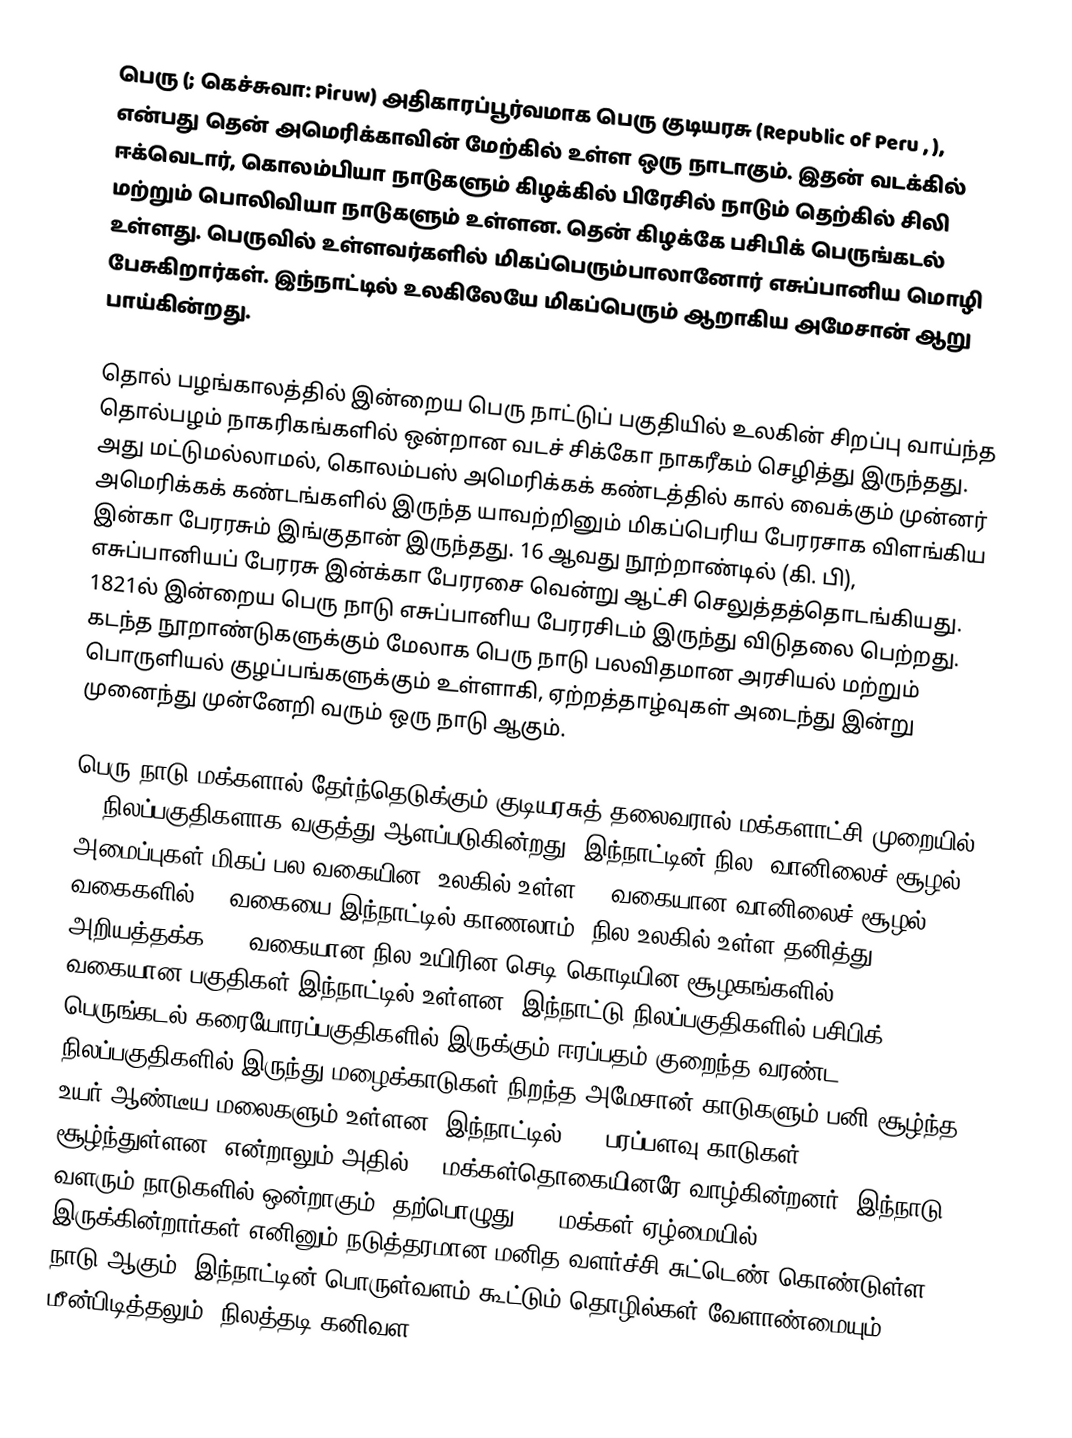
பெரு (;   கெச்சுவா: Piruw) அதிகாரப்பூர்வமாக பெரு குடியரசு (Republic of Peru , ), என்பது தென் அமெரிக்காவின் மேற்கில் உள்ள ஒரு நாடாகும். இதன் வடக்கில் ஈக்வெடார், கொலம்பியா நாடுகளும் கிழக்கில் பிரேசில் நாடும் தெற்கில் சிலி மற்றும் பொலிவியா நாடுகளும் உள்ளன. தென் கிழக்கே பசிபிக் பெருங்கடல் உள்ளது. பெருவில் உள்ளவர்களில் மிகப்பெரும்பாலானோர் எசுப்பானிய மொழி பேசுகிறார்கள். இந்நாட்டில் உலகிலேயே மிகப்பெரும் ஆறாகிய அமேசான் ஆறு பாய்கின்றது.

தொல் பழங்காலத்தில் இன்றைய பெரு நாட்டுப் பகுதியில் உலகின் சிறப்பு வாய்ந்த தொல்பழம் நாகரிகங்களில் ஒன்றான வடச் சிக்கோ நாகரீகம் செழித்து இருந்தது. அது மட்டுமல்லாமல், கொலம்பஸ் அமெரிக்கக் கண்டத்தில் கால் வைக்கும் முன்னர் அமெரிக்கக் கண்டங்களில் இருந்த யாவற்றினும் மிகப்பெரிய பேரரசாக விளங்கிய இன்கா பேரரசும் இங்குதான் இருந்தது. 16 ஆவது நூற்றாண்டில் (கி. பி), எசுப்பானியப் பேரரசு இன்க்கா பேரரசை வென்று ஆட்சி செலுத்தத்தொடங்கியது. 1821ல் இன்றைய பெரு நாடு எசுப்பானிய பேரரசிடம் இருந்து விடுதலை பெற்றது. கடந்த நூறாண்டுகளுக்கும் மேலாக பெரு நாடு பலவிதமான அரசியல் மற்றும் பொருளியல் குழப்பங்களுக்கும் உள்ளாகி, ஏற்றத்தாழ்வுகள் அடைந்து இன்று முனைந்து முன்னேறி வரும் ஒரு நாடு ஆகும்.

பெரு நாடு மக்களால் தேர்ந்தெடுக்கும் குடியரசுத் தலைவரால் மக்களாட்சி முறையில் 25 நிலப்பகுதிகளாக வகுத்து ஆளப்படுகின்றது. இந்நாட்டின் நில, வானிலைச் சூழல் அமைப்புகள் மிகப் பல வகையின. உலகில் உள்ள 32 வகையான வானிலைச் சூழல் வகைகளில் 28 வகையை இந்நாட்டில் காணலாம். நில உலகில் உள்ள தனித்து அறியத்தக்க 117 வகையான நில-உயிரின-செடி கொடியின சூழகங்களில் 84 வகையான பகுதிகள் இந்நாட்டில் உள்ளன, இந்நாட்டு நிலப்பகுதிகளில் பசிபிக் பெருங்கடல் கரையோரப்பகுதிகளில் இருக்கும் ஈரப்பதம் குறைந்த வரண்ட நிலப்பகுதிகளில் இருந்து மழைக்காடுகள் நிறந்த அமேசான் காடுகளும் பனி சூழ்ந்த உயர் ஆண்டீய மலைகளும் உள்ளன. இந்நாட்டில் 60% பரப்பளவு காடுகள் சூழ்ந்துள்ளன. என்றாலும் அதில் 6% மக்கள்தொகையினரே வாழ்கின்றனர். இந்நாடு வளரும் நாடுகளில் ஒன்றாகும். தற்பொழுது 50% மக்கள் ஏழ்மையில் இருக்கின்றார்கள் எனினும் நடுத்தரமான மனித வளர்ச்சி சுட்டெண் கொண்டுள்ள நாடு ஆகும். இந்நாட்டின் பொருள்வளம் கூட்டும் தொழில்கள் வேளாண்மையும், மீன்பிடித்தலும், நிலத்தடி கனிவள